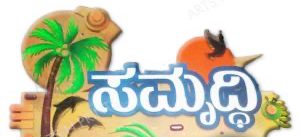
Language: kannada
Transcription: ಸಮೃದ್ಧಿ